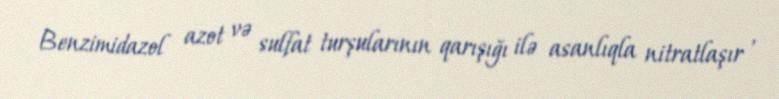
Benzimidazol azot və sulfat turşularının qarışığı ilə asanlıqla nitratlaşır ,